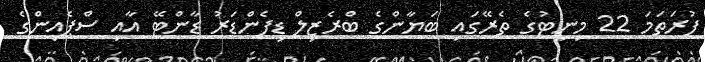
ފުރަތަމަ 22 މިނިޓުގެ ތެރޭގައި ބަޔާންގެ ބްރެޒިލް ޑިފެންޑަރު ޑާންޓޭ އާއި ސްޕެއިންގެ